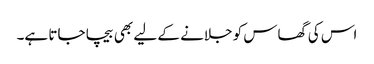
اس کی گھاس کو جلانے کے لیے بھی بیچا جاتا ہے۔